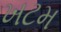
ખટમ